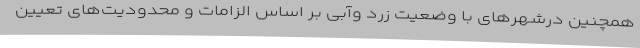
همچنین درشهر‌های با وضعیت زرد وآبی بر اساس الزامات و محدودیت‌های تعیین